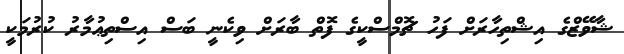
ޝާވޭޒްގެ އިޝްތިހާރަށް ފަހު ޗޮމްސްކީގެ ފޮތް ބާރަށް ވިކެނީ ބަސް އިސްތިޢުމާރު ކުރުމަކީ